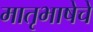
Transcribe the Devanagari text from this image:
मातृभाषेचे